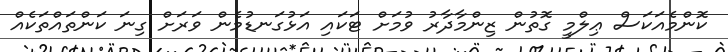
ކޮންމެއަކަސް ޢިލްމީ ގޮތުން ޒިންމާދާރު ވުމަށް ޓަކައި އަޅުގަނޑުމެން ވަރަށް ގިނަ ކަންތައްތަކެއް